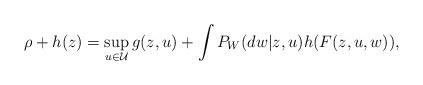
LaTeX: \begin{align*} \rho + h(z) = \sup_{u\in\mathcal{U}} g(z,u) + \int P_{W}(dw|z,u)h(F(z,u,w)),\end{align*}